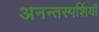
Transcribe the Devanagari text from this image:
अनन्तस्पर्शियाँ